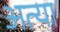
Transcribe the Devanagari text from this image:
अत्या